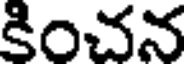
కించన